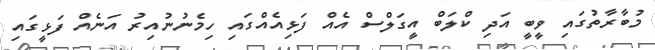
މުބާރާތުގައި ވީބީ އަދި ކްލަބް އީގަލްސް އެއް ފަޅިއެއްގައި ހިމެނުނުއިރު އަނެއް ފަޅީގައި